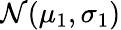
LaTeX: \mathcal{N}(\mu_{1},\sigma_{1})